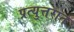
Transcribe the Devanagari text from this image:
प्रत्युत्तरात